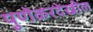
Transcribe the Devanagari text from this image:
पुणेकरदेखील